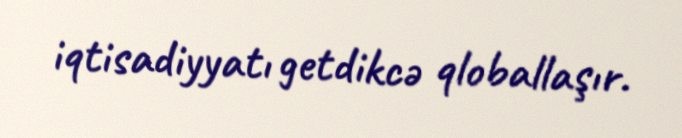
iqtisadiyyatı getdikcə qloballaşır.